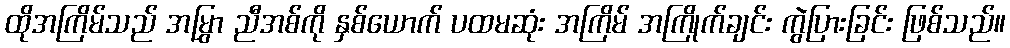
ထိုအကြိမ်သည် အမြွှာ ညီအစ်ကို နှစ်ယောက် ပထမဆုံး အကြိမ် အကြိုက်ချင်း ကွဲပြားခြင်း ဖြစ်သည်။